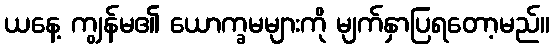
ယနေ့ ကျွန်မ၏ ယောက္ခမများကို မျက်နှာပြရတော့မည်။